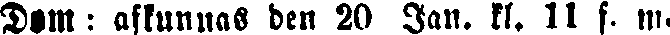
Dom: afkunnas den 20 Jan. kl. 11 f. m.